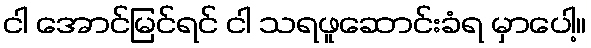
ငါ အောင်မြင်ရင် ငါ သရဖူဆောင်းခံရ မှာပေါ့။